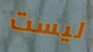
ليست